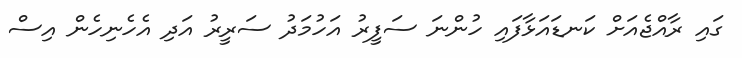
ގައި ރާއްޖެއަށް ކަނޑައަޅާފައި ހުންނަ ސަފީރު އަހުމަދު ސަރީރު އަދި އެހެނިހެން އިސް